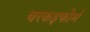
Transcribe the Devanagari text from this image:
चरकइफोर्म